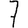
Digit: 7